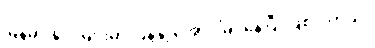
မြန်မာ နိုင်ငံများမှာ ပြန့်နှံ့ အောင်မြင်နေပြီး ဖြစ်ပါတယ်။